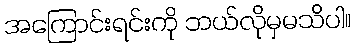
အကြောင်းရင်းကို ဘယ်လိုမှမသိပါ။